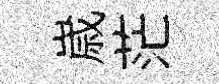
𡻕茫